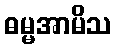
ဓမ္မအာမိသ